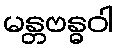
မန္တဗန္ဓဝါ